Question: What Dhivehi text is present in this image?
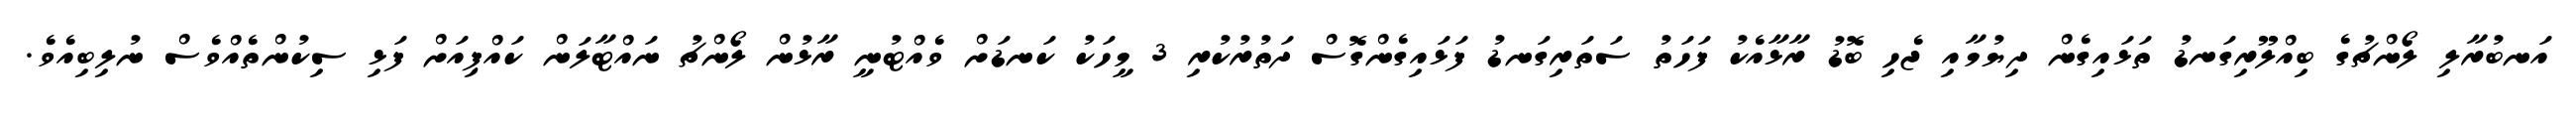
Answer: އަނބުރާލި ލޯންޗުގެ ބިއްލޫރިގަނޑު ތަޅައިގެން ދިޔުމާއި ޖެހި ބޮޑު ރާޅާއެކު ފަހަތު ސަތަރިގަނޑު ފަޅައިގެންގޮސް ދަތުރުކުރި 3 މީހަކު ކަނޑަށް ވެއްޓުނީ ރާޅުން ލޯންޗު ނައްޓާލަން ކައްޕިއަށް ފަޅި ސިކުންތެއްވެސް ނުލިބިއެވެ.